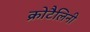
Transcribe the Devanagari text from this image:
क्रोटैलिनी